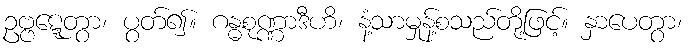
ဥဗ္ဗဋ္ဋေတွာ၊ ပွတ်၍။ ဂန္ဓစုဏ္ဏာဒီဟိ၊ နံ့သာမှုန့်စသည်တို့ဖြင့်။ နှာပေတွာ၊